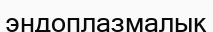
эндоплазмалык